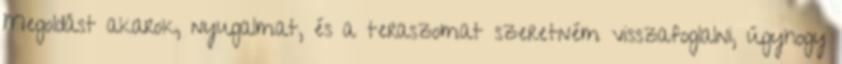
Megoldást akarok, nyugalmat, és a teraszomat szeretném visszafoglalni, úgyhogy